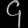
Digit: ၄